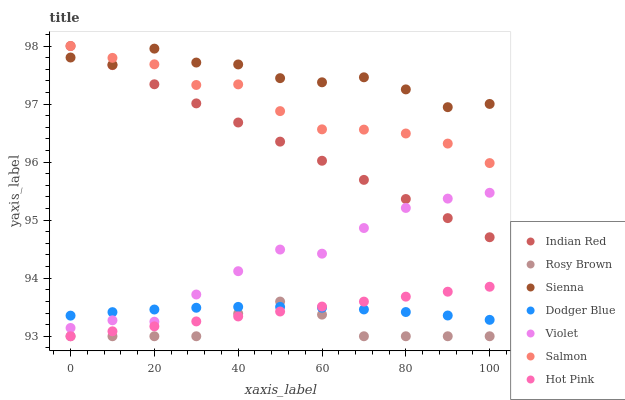
| xaxis_label | Indian Red | Rosy Brown | Sienna | Dodger Blue | Violet | Salmon | Hot Pink |
 | --- | --- | --- | --- | --- | --- | --- | --- |
 | 0 | 98 | 93 | 97.8 | 93.4 | 93.1 | 98 | 93 |
 | 10 | 97.7 | 93 | 97.7 | 93.4 | 93.3 | 97.8 | 93.1 |
 | 20 | 97.3 | 93 | 98 | 93.5 | 93.3 | 97.7 | 93.2 |
 | 30 | 97 | 93 | 97.7 | 93.5 | 93.7 | 97.3 | 93.3 |
 | 40 | 96.7 | 93.4 | 97.7 | 93.5 | 94.1 | 97.3 | 93.3 |
 | 50 | 96.4 | 93.6 | 97.4 | 93.5 | 94.5 | 96.9 | 93.4 |
 | 60 | 96 | 93.4 | 97.4 | 93.5 | 94.4 | 96.6 | 93.5 |
 | 70 | 95.7 | 93 | 97.5 | 93.5 | 94.9 | 96.6 | 93.6 |
 | 80 | 95.4 | 93 | 97.3 | 93.4 | 95.2 | 96.5 | 93.7 |
 | 90 | 95 | 93 | 96.9 | 93.4 | 95.4 | 96.3 | 93.8 |
 | 100 | 94.7 | 93 | 97 | 93.3 | 95.5 | 96 | 93.9 |